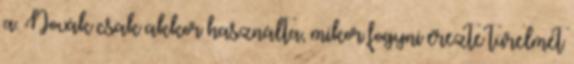
a. Novák csak akkor használta, mikor fogyni érezte türelmét